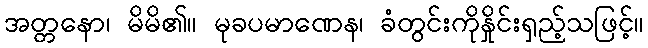
အတ္တနော၊ မိမိ၏။ မုခပမာဏေန၊ ခံတွင်းကိုနှိုင်းရှည့်သဖြင့်။